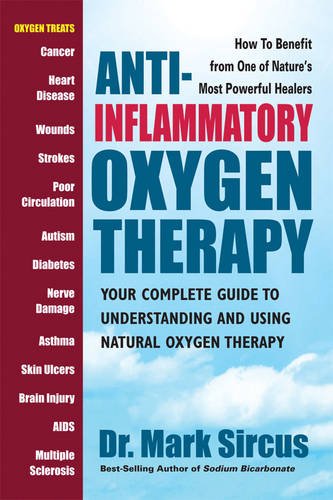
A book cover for Anti-Inflammatory Oxygen Therapy: Your Complete Guide to Understanding and Using Natural Oxygen Therapy; Mark Sircus; Health, Fitness & Dieting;